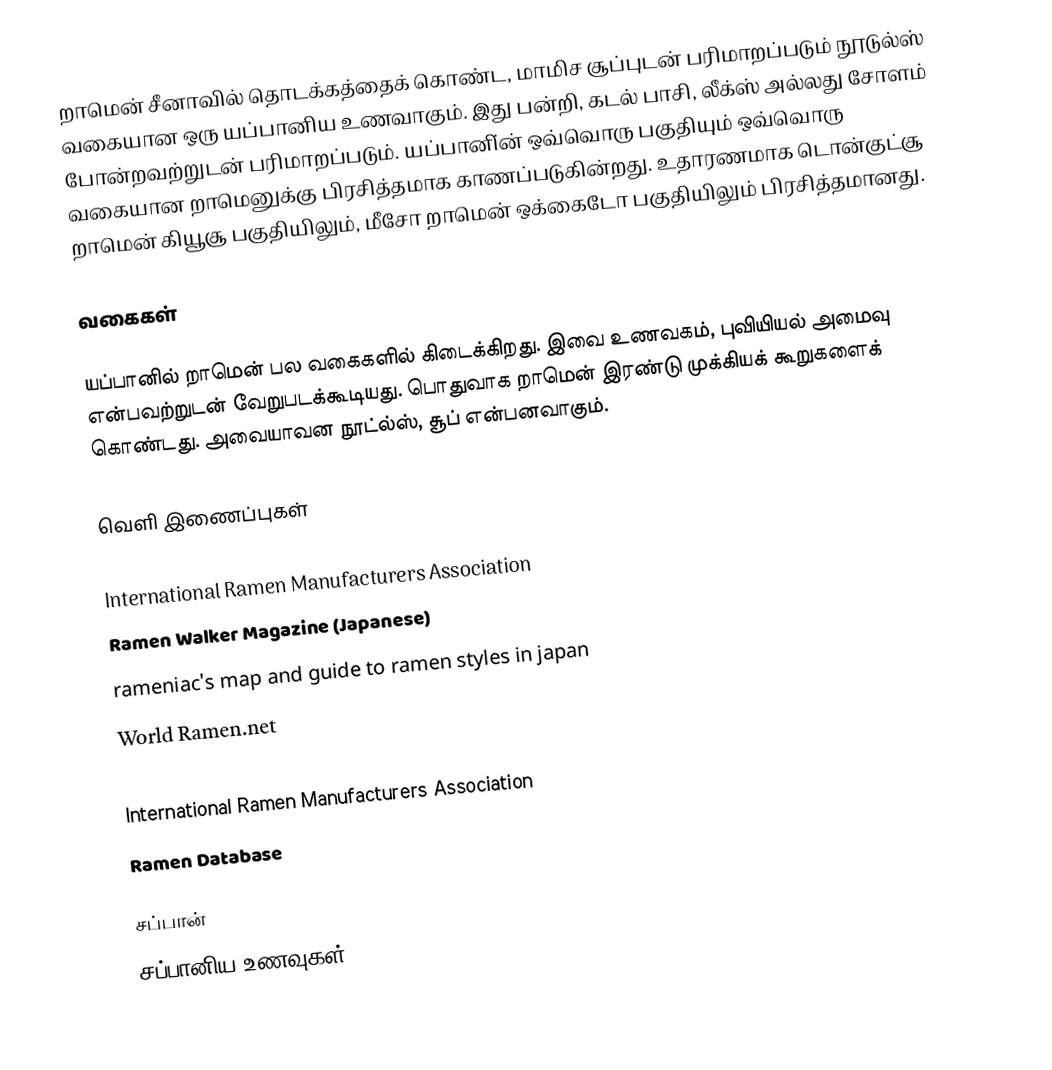
றாமென் சீனாவில் தொடக்கத்தைக் கொண்ட, மாமிச  சூப்புடன் பரிமாறப்படும் நூடுல்ஸ் வகையான ஒரு யப்பானிய உணவாகும். இது பன்றி, கடல் பாசி, லீக்ஸ்　அல்லது　சோளம்　போன்றவற்றுடன்　பரிமாறப்படும்.　யப்பானி்ன் ஒவ்வொரு பகுதியும் ஒவ்வொரு வகையான றாமெனுக்கு பிரசித்தமாக காணப்படுகின்றது. உதாரணமாக டொன்குட்சூ றாமென் கியூசூ பகுதியிலும், மீசோ றாமென் ஒக்கைடோ பகுதியிலும் பிரசித்தமானது.

வகைகள்

யப்பானில் றாமென் பல வகைகளில் கிடைக்கிறது. இவை உணவகம், புவியியல் அமைவு என்பவற்றுடன் வேறுபடக்கூடியது. பொதுவாக றாமென் இரண்டு முக்கியக் கூறுகளைக் கொண்டது. அவையாவன நூட்ல்ஸ், சூப் என்பனவாகும்.

வெளி இணைப்புகள்

 International Ramen Manufacturers Association
 Ramen Walker Magazine (Japanese)
 rameniac's map and guide to ramen styles in japan
 World Ramen.net
 Ramen Tokyo
 International Ramen Manufacturers Association
 Ramen Database

சப்பான்
சப்பானிய உணவுகள்